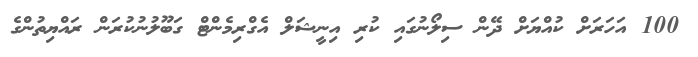
100 އަހަރަށް ކުއްޔަށް ދޭން ސިލޯނުގައި ކުރި އިނީޝަލް އެގްރިމެންޓް ގަބޫލުނުކުރަން ރައްޔިތުންގެ